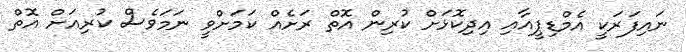
ނައިފަރަކީ އެމްޑިޕީއާއި އިދިކޮޅަށް ކުރިން އޮތް ރަށެއް ކަމަށްވީ ނަމަވެސް ކުރިއަށް އޮތް